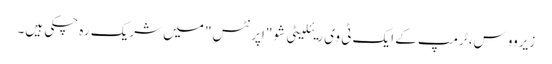
زیرووس، ٹرمپ کے ایک ٹی وی ریئلیٹی شو "اپرنٹس" میں شریک رہ چکی ہیں۔